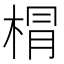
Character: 𣓍